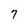
Character: 7